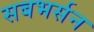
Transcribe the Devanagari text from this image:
सबभर्सन